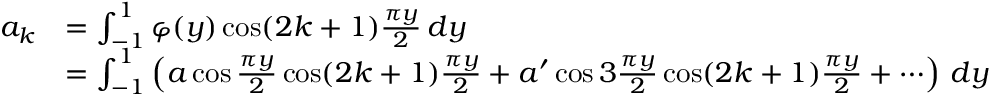
{ \begin{array} { r l } { a _ { k } } & { = \int _ { - 1 } ^ { 1 } \varphi ( y ) \cos ( 2 k + 1 ) { \frac { \pi y } { 2 } } \, d y } \\ & { = \int _ { - 1 } ^ { 1 } \left( a \cos { \frac { \pi y } { 2 } } \cos ( 2 k + 1 ) { \frac { \pi y } { 2 } } + a ^ { \prime } \cos 3 { \frac { \pi y } { 2 } } \cos ( 2 k + 1 ) { \frac { \pi y } { 2 } } + \cdots \right) \, d y } \end{array} }